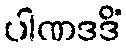
ပါဏဒဒိံ